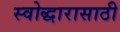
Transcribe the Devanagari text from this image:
स्वोद्धारासाठी